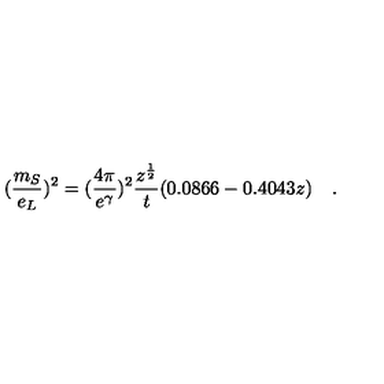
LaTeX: ( \frac { m _ { S } } { e _ { L } } ) ^ { 2 } = ( \frac { 4 \pi } { e ^ { \gamma } } ) ^ { 2 } \frac { z ^ { \frac { 1 } { 2 } } } { t } ( 0 . 0 8 6 6 - 0 . 4 0 4 3 z ) \quad .